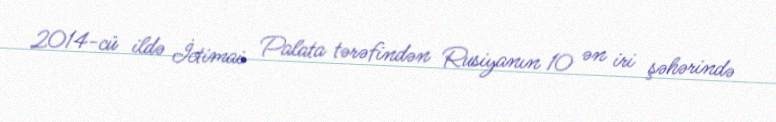
2014-cü ildə İctimai Palata tərəfindən Rusiyanın 10 ən iri şəhərində